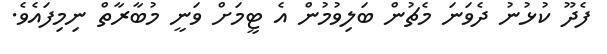
ފެދޫ ކުޅުނު ދެވަނަ މެޗުން ބަލިވުމުން އެ ޓީމަށް ވަނީ މުބާރާތް ނިމިފައެވެ.